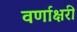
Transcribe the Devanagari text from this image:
वर्णाक्षरी